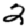
Digit: 2